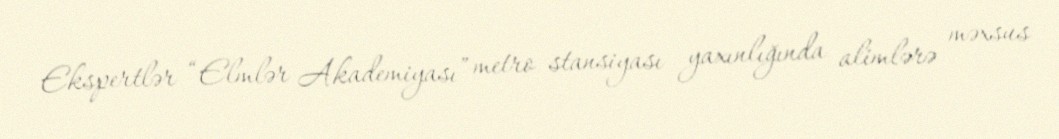
Ekspertlər “Elmlər Akademiyası” metro stansiyası yaxınlığında alimlərə məxsus